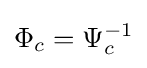
\Phi _{c}=\Psi _{c}^{-1}